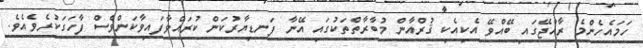
ހަމައެހެންމެ ރާއްޖޭގައި ބޭއްވޭ އެކިއެކި ޤުރްއާން މުބާރާތްތަކުގައި އޭނާ ފަނޑިޔާރުކަން ކުރައްވާފައިވާކަންވެސް ފާހަގަކުރެވެއެވެ.